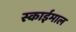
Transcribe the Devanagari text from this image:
स्काईमाल